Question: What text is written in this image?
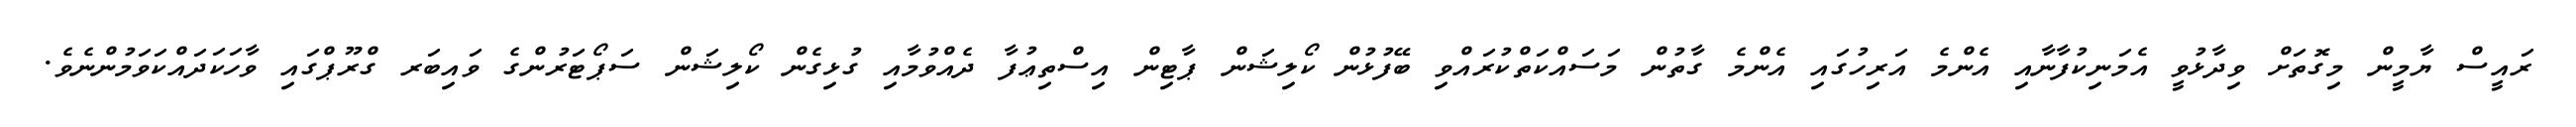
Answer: ރައީސް ޔާމީން މިގޮތަށް ވިދާޅުވީ އެމަނިކުފާނާއި އެންމެ އަރިހުގައި އެންމެ ގާތުން މަސައްކަތްކުރައްވި ބޭފުޅުން ކޯލިޝަން ޕާޓިން އިސްތިޢުފާ ދެއްވުމާއި ގުޅިގެން ކޯލިޝަން ސަޕޯޓަރުންގެ ވައިބަރ ގްރޫޕްގައި ވާހަކަދައްކަވަމުންނެވެ.